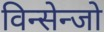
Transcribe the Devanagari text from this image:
विन्सेन्जो